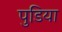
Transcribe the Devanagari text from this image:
पुडिया